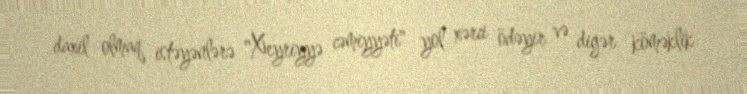
daxil olmaq istəyənlərə "Xeyriyyə cəmiyyəti" yol xərci ödəyir və digər köməklik